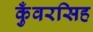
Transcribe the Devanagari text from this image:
कुँवरसिह